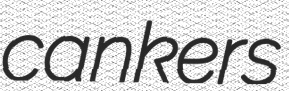
cankers